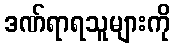
ဒဏ်ရာရသူများကို